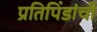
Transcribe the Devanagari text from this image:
प्रतिपिंडांची